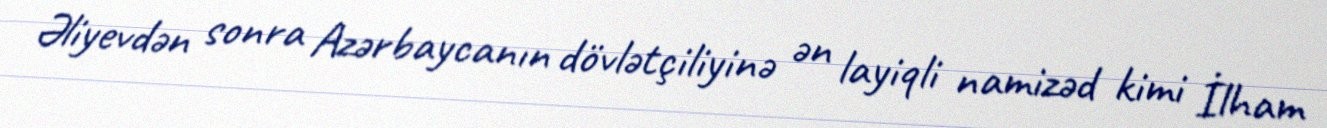
Əliyevdən sonra Azərbaycanın dövlətçiliyinə ən layiqli namizəd kimi İlham